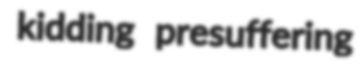
kidding presuffering